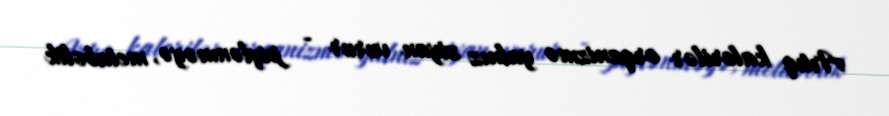
Artıq kalorilər orqanizmə yalnız ziyan vurur - piylənməyə, metabolik